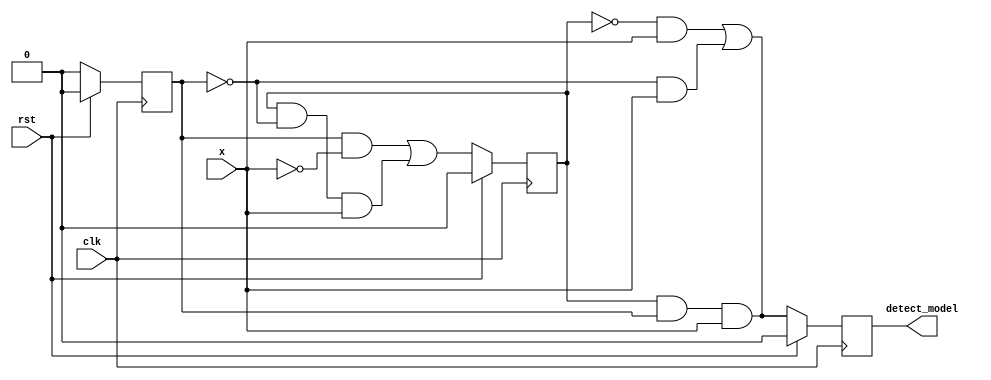
module FSM_1011_det_model(input clk, x, rst, output detect_model);
  
  reg A,B,C;
  wire D_A, D_B, D_C;
  
  assign D_A = B & C & x;
  assign D_B = (C & ~x) | (B & ~C & x);
  assign D_A = (~B & x) | (~C & x);
  assign detect_model = A;
  
  always @(posedge clk)
    begin
      A <= rst? 1'b0 : D_A;
      B <= rst? 1'b0 : D_B;
      C <= rst? 1'b0 : D_C;
    end
  
endmodule